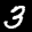
Label: 3